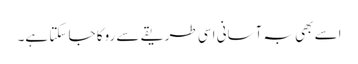
اسے بھی بہ آسانی اسی طریقے سے روکا جا سکتا ہے۔